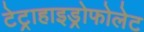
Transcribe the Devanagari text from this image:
टेट्राहाइड्रोफोलेट